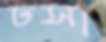
ঢসা